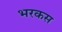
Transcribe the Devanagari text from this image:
भरकस